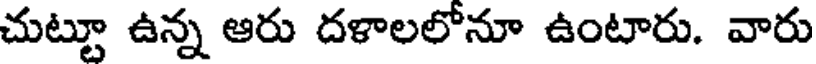
చుట్టూ ఉన్న ఆరు దళాలలోనూ ఉంటారు. వారు